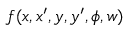
f ( x , x ^ { \prime } , y , y ^ { \prime } , \phi , w )